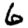
Digit: 6